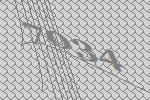
7034